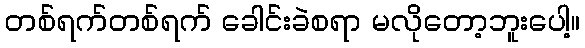
တစ်ရက်တစ်ရက် ခေါင်းခဲစရာ မလိုတော့ဘူးပေါ့။